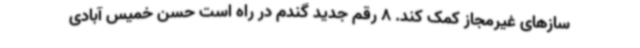
سازهای غیرمجاز کمک کند. 8 رقم جدید گندم در راه است حسن خمیس آبادی